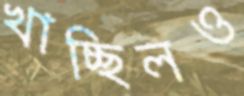
খাচ্ছিলও